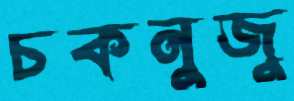
চকনুজু